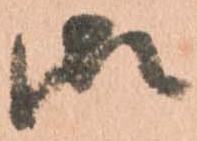
御